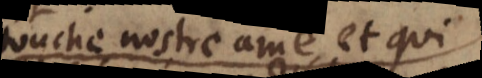
touche nostre ame, et qui